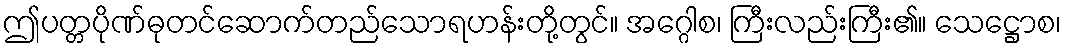
ဤပတ္တပိုဏ်ဓုတင်ဆောက်တည်သောရဟန်းတို့တွင်။ အဂ္ဂေါစ၊ ကြီးလည်းကြီး၏။ သေဋ္ဌောစ၊